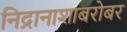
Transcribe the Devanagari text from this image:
निद्रानाशाबरोबर